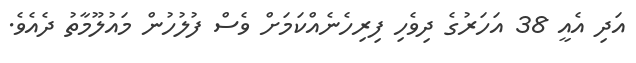
އަަދި އެއީ 38 އަހަރުގެ ދިވެހި ފިރިހެނެއްކަމަށް ވެސް ފުލުހުން މައުލޫމާތު ދެއެވެ.